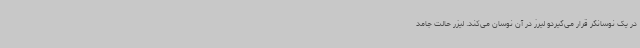
در یک نوسانگر قرار می‌گیردو لیرز در آن نوسان می‌کند. لیزر حالت جامد